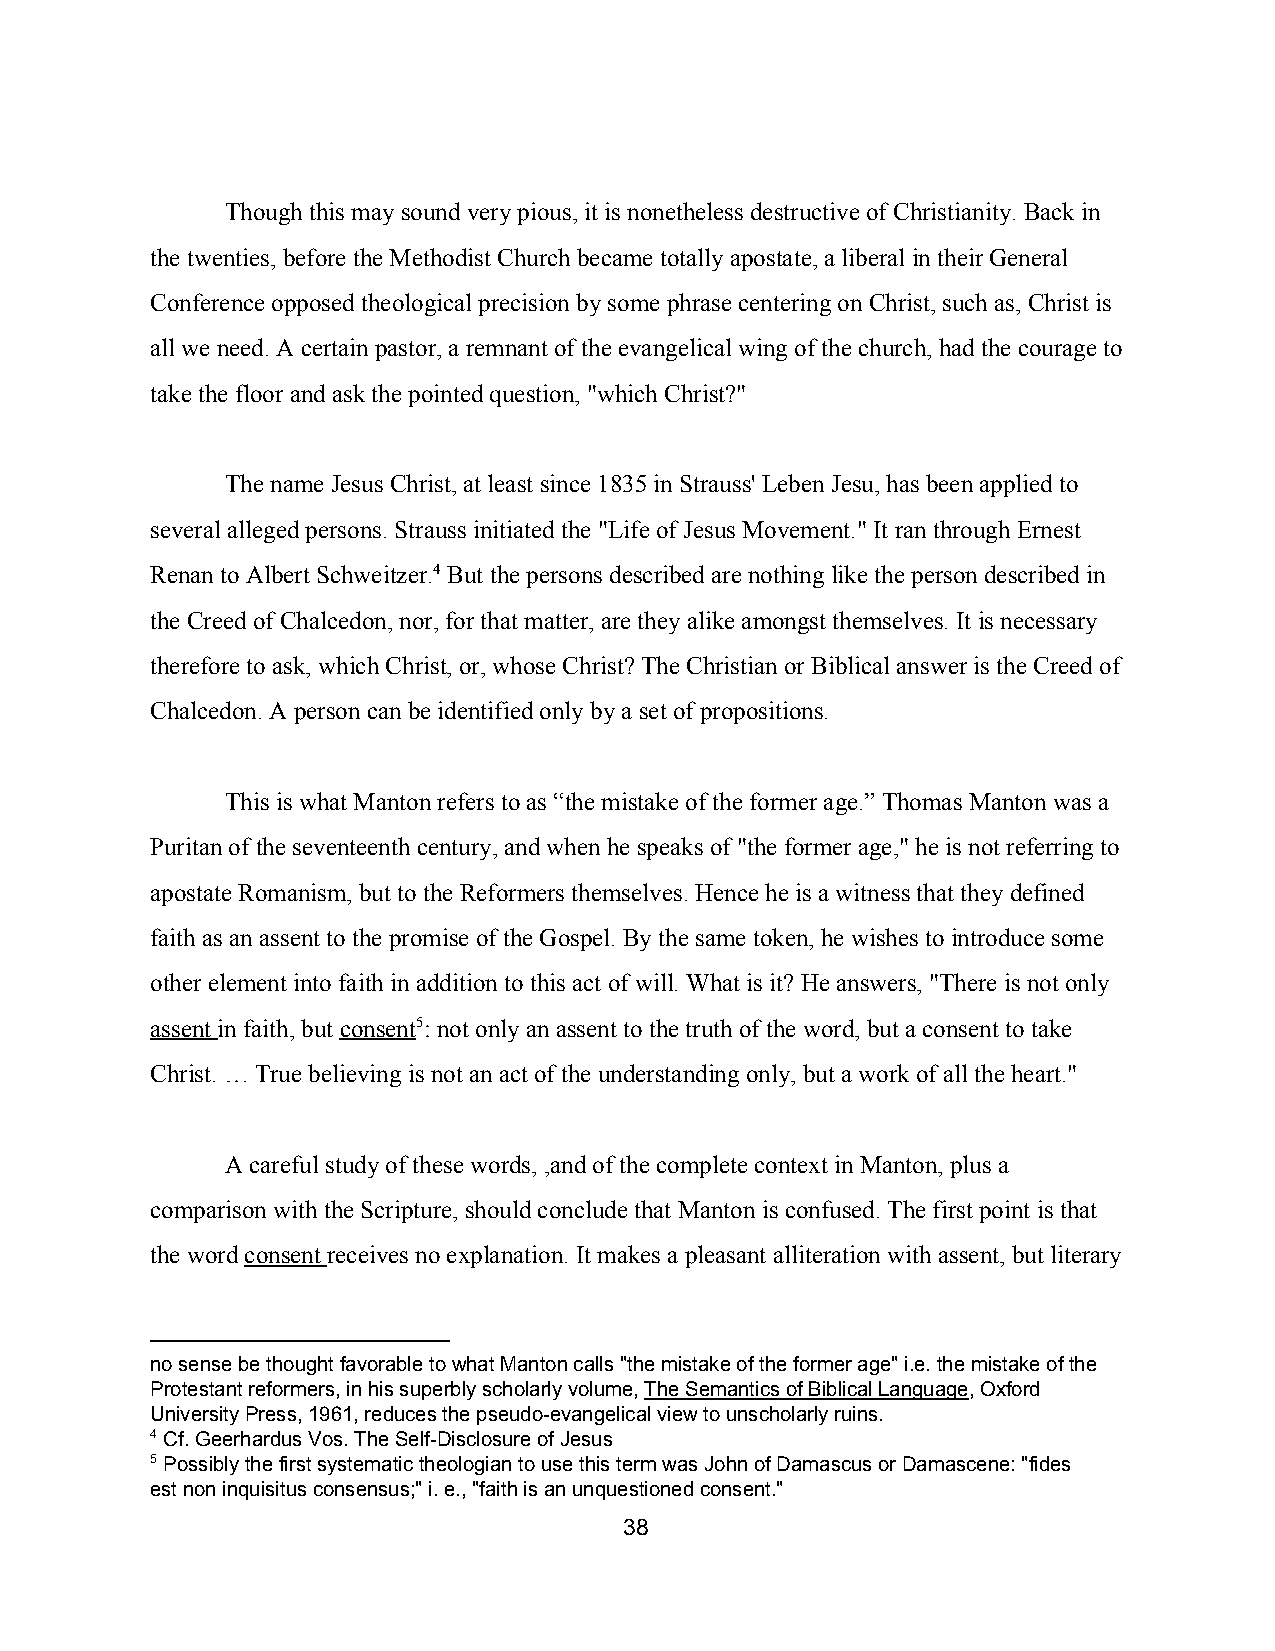
Though this may sound very pious, it is nonetheless destructive of Christianity. Back in
 the twenties, before the Methodist Church became totally apostate, a liberal in their General
 Conference opposed theological precision by some phrase centering on Christ, such as, Christ is
 all we need. A certain pastor, a remnant of the evangelical wing of the church, had the courage to
 take the floor and ask the pointed question, "which Christ?"
 The name Jesus Christ, at least since 1835 in Strauss' Leben Jesu, has been applied to
 several alleged persons. Strauss initiated the "Life of Jesus Movement." It ran through Ernest
 Renan to Albert Schweitzer.4 But the persons described are nothing like the person described in
 the Creed of Chalcedon, nor, for that matter, are they alike amongst themselves. It is necessary
 therefore to ask, which Christ, or, whose Christ? The Christian or Biblical answer is the Creed of
 Chalcedon. A person can be identified only by a set of propositions.
 This is what Manton refers to as “the mistake of the former age.” Thomas Manton was a
 Puritan of the seventeenth century, and when he speaks of "the former age," he is not referring to
 apostate Romanism, but to the Reformers themselves. Hence he is a witness that they defined
 faith as an assent to the promise of the Gospel. By the same token, he wishes to introduce some
 other element into faith in addition to this act of will. What is it? He answers, "There is not only
 assent in faith, but consent5: not only an assent to the truth of the word, but a consent to take
 ​       ​
 Christ. … True believing is not an act of the understanding only, but a work of all the heart."
 A careful study of these words, ,and of the complete context in Manton, plus a
 comparison with the Scripture, should conclude that Manton is confused. The first point is that
 the word consent receives no explanation. It makes a pleasant alliteration with assent, but literary
 ​     ​
 no sense be thought favorable to what Manton calls "the mistake of the former age" i.e. the mistake of the
 Protestant reformers, in his superbly scholarly volume, The Semantics of Biblical Language, Oxford
 ​                    ​
 University Press, 1961, reduces the pseudo­evangelical view to unscholarly ruins.
 4 Cf. Geerhardus Vos. The Self­Disclosure of Jesus
 5 Possibly the first systematic theologian to use this term was John of Damascus or Damascene: "fides
 est non inquisitus consensus;" i. e., "faith is an unquestioned consent."
 38